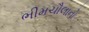
ભીમચૌલાનો